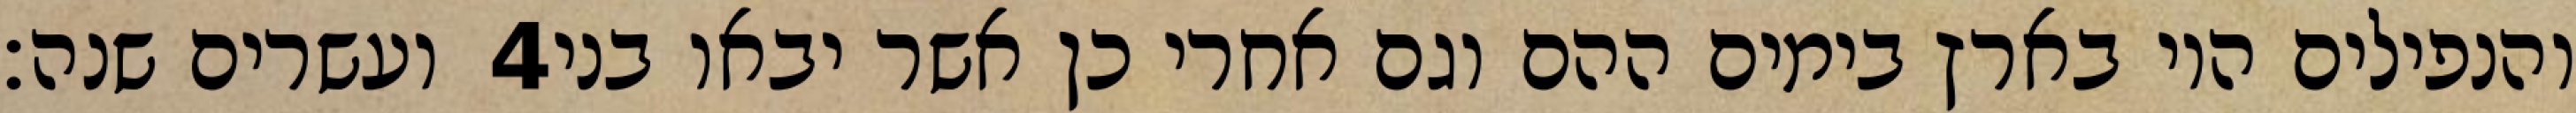
ועשרים שנה׃ ‎4‏ והנפילים היו בארץ בימים ההם וגם אחרי כן אשר יבאו בני